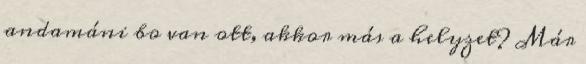
andamáni bo van ott, akkor más a helyzet? Már